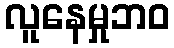
လူနေမှုဘဝ